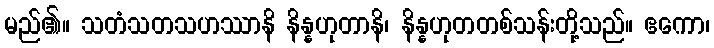
မည်၏။ သတံသတသဟဿာနိ နိန္နဟုတာနိ၊ နိန္နဟုတတစ်သန်းတို့သည်။ ဧကော၊